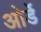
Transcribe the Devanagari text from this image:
ओर्डे